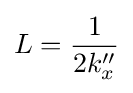
L={\frac {1}{2k_{x}''}}